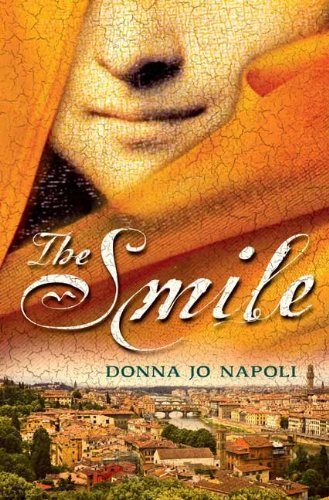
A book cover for The Smile; Donna Jo Napoli; Teen & Young Adult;